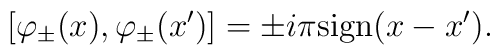
[\varphi_{\pm}(x), \varphi_{\pm}(x')]=\pm i \pi \mbox{sign}(x-x').